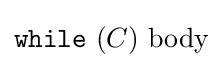
{\mathtt {while}}\ (C)\ \mathrm {body}